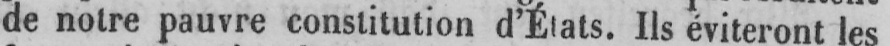
Ils éviteront les